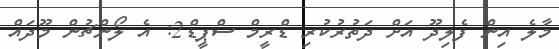
މާލެ އިން ފެލިދޫ އަށް ދަތުރުކުރި ޑްރީމް ސްޕީޑް2: އެ ލޯންޗުން މޫދައް